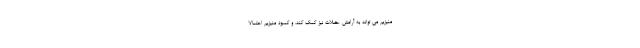
منیزیم می تواند به آرامش عضلات نیز کمک کند، و کمبود منیزیم احتمالا